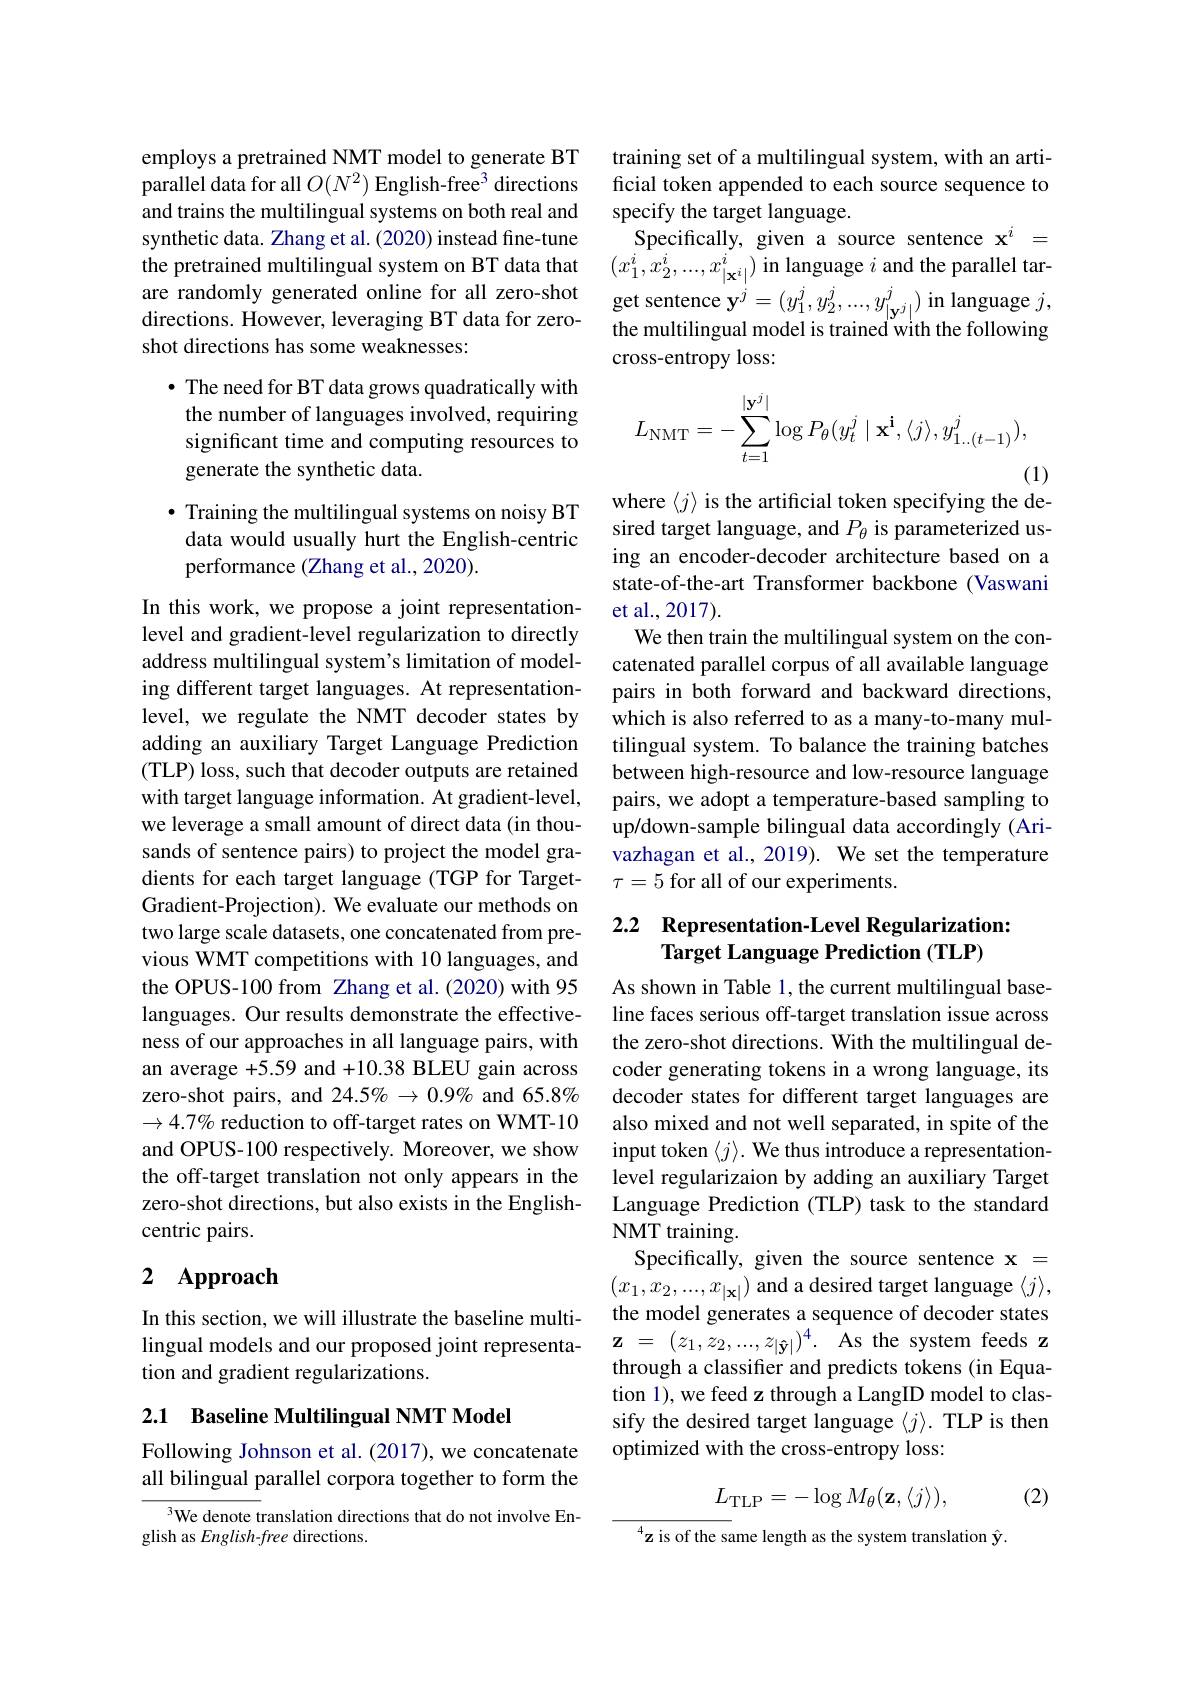
employs a pretrained NMT model to generate BT parallel data for all $O(N^2)$ English-free$^3$ directions and trains the multilingual systems on both real and synthetic data. Zhang et al. (2020) instead fine-tune the pretrained multilingual system on BT data that are randomly generated online for all zero-shot get sentence $\mathbf{y}^j=(y_1^j,y_2^j,...,y_{|\mathbf{y}^j|}^j)$ in language $j$,directions. However, leveraging BT data for zero- the multilis meddi th th folleris
directions. However, leveraging BT data for zero-
shot directions has some weaknesses:

· The need for BT data grows quadratically with the number of languages involved, requiring significant time and computing resources to generate the synthetic data.

· Training the multilingual systems on noisy BT data would usually hurt the English-centric performance (Zhang et al., 2020).

In this work, we propose a joint representationlevel and gradient-level regularization to directly address multilingual system's limitation of modeling different target languages. At representationlevel, we regulate the NMT decoder states by adding an auxiliary Target Language Prediction (TLP) loss, such that decoder outputs are retained with target language information. At gradient-level, we leverage a small amount of direct data (in thousands of sentence pairs) to project the model gradients for each target language (TGP for TargetGradient-Projection). We evaluate our methods on two large scale datasets, one concatenated from previous WMT competitions with 10 languages, and the OPUS-100 from Zhang et al.(2020) with 95 languages. Our results demonstrate the effectiveness of our approaches in all language pairs, with an average +5.59 and +10.38 BLEU gain across zero-shot pairs, and 24.5% $\to0.9\%$ and 65.8% $\to4.7\%$ reduction to off-target rates on WMT-10 and OPUS-100 respectively. Moreover, we show the off-target translation not only appears in the zero-shot directions, but also exists in the Englishcentric pairs.

# 2 Approach

In this section, we will illustrate the baseline multi-
tion and gradient regularizations.

## 2.1 Baseline Multilingual NMT Model

Following Johnson et al. (2017), we concatenate all bilingual parallel corpora together to form the

$^3$We denote translation directions that do not involve En-
glish as English-free directions.

training set of a multilingual system, with an artificial token appended to each source sequence to specify the target language.
Specifically, given a source sentence $\mathbf{x}^i=$ $(x_1^i,x_2^i,...,x_{|\mathbf{x}^i|}^i)$ in language $i$ and the parallel tarthe multilingual model is trained with the following cross-entropy loss:
$$L_{\mathrm{NMT}}=-\sum_{t=1}^{|\mathbf{y}^{j}|}\log P_{\theta}(y_{t}^{j}\mid\mathbf{x}^{\mathbf{i}},\langle j\rangle,y_{1..(t-1)}^{j}),$$
(1)
where $\langle j\rangle$ is the artificial token specifying the de-

sired target language, and $P_{\theta}$ is parameterized using an encoder-decoder architecture based on a state-of-the-art Transformer backbone (Vaswani et al., 2017).
We then train the multilingual system on the concatenated parallel corpus of all available language pairs in both forward and backward directions, which is also referred to as a many-to-many multilingual system. To balance the training batches between high-resource and low-resource language pairs, we adopt a temperature-based sampling to up/down-sample bilingual data accordingly (Arivazhagan et al., 2019). We set the temperature $\tau=5$ for all of our experiments.

## 2.2 Representation-Level Regularization: Target Language Prediction (TLP)

As shown in Table 1, the current multilingual baseline faces serious off-target translation issue across the zero-shot directions. With the multilingual decoder generating tokens in a wrong language, its decoder states for different target languages are also mixed and not well separated, in spite of the input token $\langle j\rangle.$ We thus introduce a representationlevel regularizaion by adding an auxiliary Target Language Prediction (TLP) task to the standard NMT training.
Specifically, given the source sentence x = $(x_1,x_2,...,x_{|\mathbf{x}|})$ and a desired target language $\langle j\rangle$, the model generates a sequence of decoder states
lingual models and our proposed joint representa- $\mathbf{z}=(z_1,z_2,...,z_{|\mathbf{y}|})^4.$ As the system feeds z
through a classifier and predicts tokens (in Equation 1), we feed z through a LangID model to classify the desired target language $\langle j\rangle.$ TLP is then optimized with the cross-entropy loss:
$$L_{\mathrm{TLP}}=-\log M_{\theta}(\mathbf{z},\langle j\rangle),$$
(2)

$^{4}\mathbf{z}$ is of the same length as the system translation $\hat{\mathbf{y}}.$